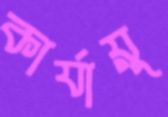
কার্যায়ু